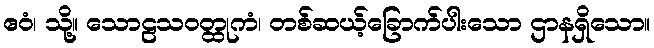
ဧဝံ၊ သို့။ သောဠသဝတ္ထုကံ၊ တစ်ဆယ့်ခြောက်ပါးသော ဌာနရှိသော။